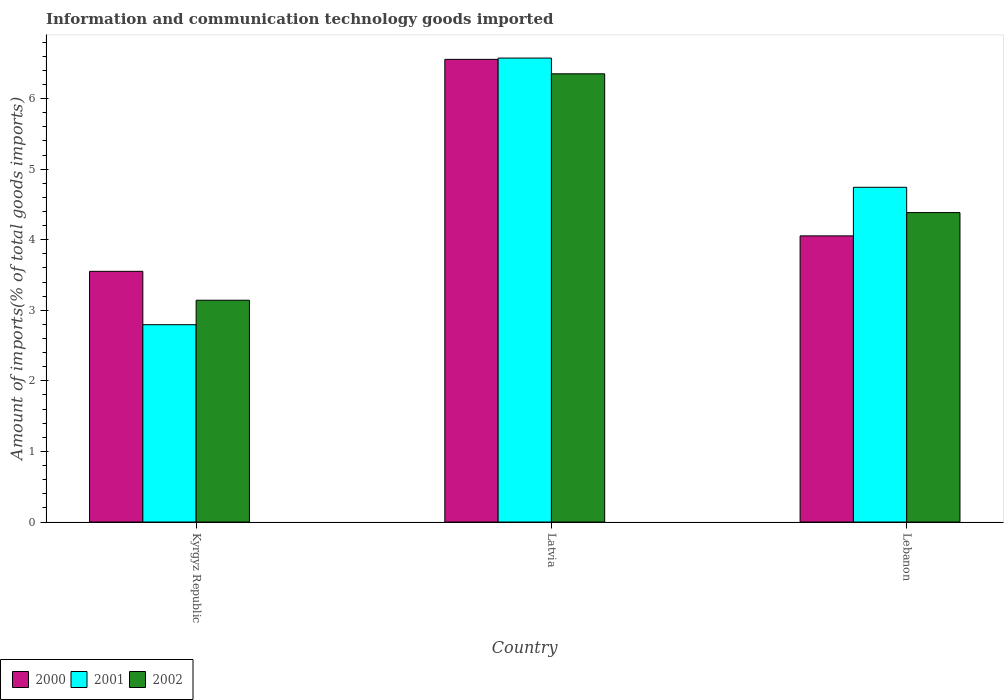
| Country | 2000 | 2001 | 2002 |
 | --- | --- | --- | --- |
 | Kyrgyz Republic | 3.55 | 2.8 | 3.14 |
 | Latvia | 6.56 | 6.57 | 6.35 |
 | Lebanon | 4.05 | 4.74 | 4.38 |